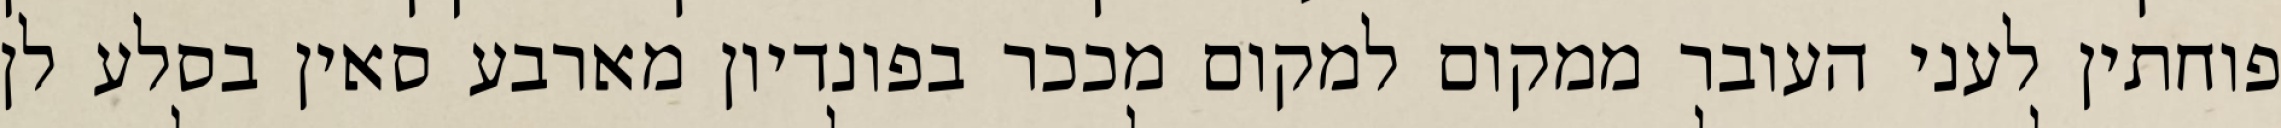
פוחתין לעני העובר ממקום למקום מככר בפונדיון מארבע סאין בסלע לן